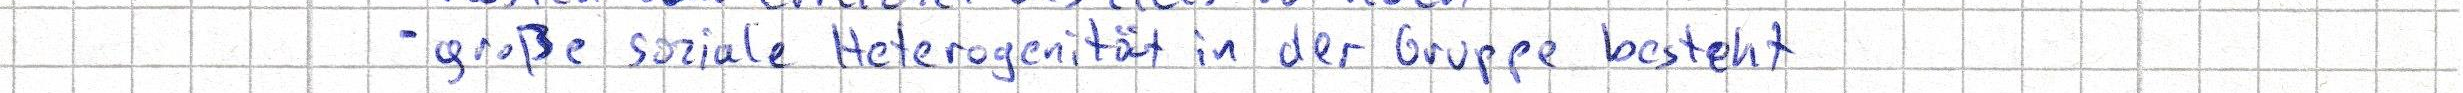
- große soziale Heterogenität in der Gruppe besteht